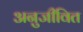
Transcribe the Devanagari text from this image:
अनुजीवित